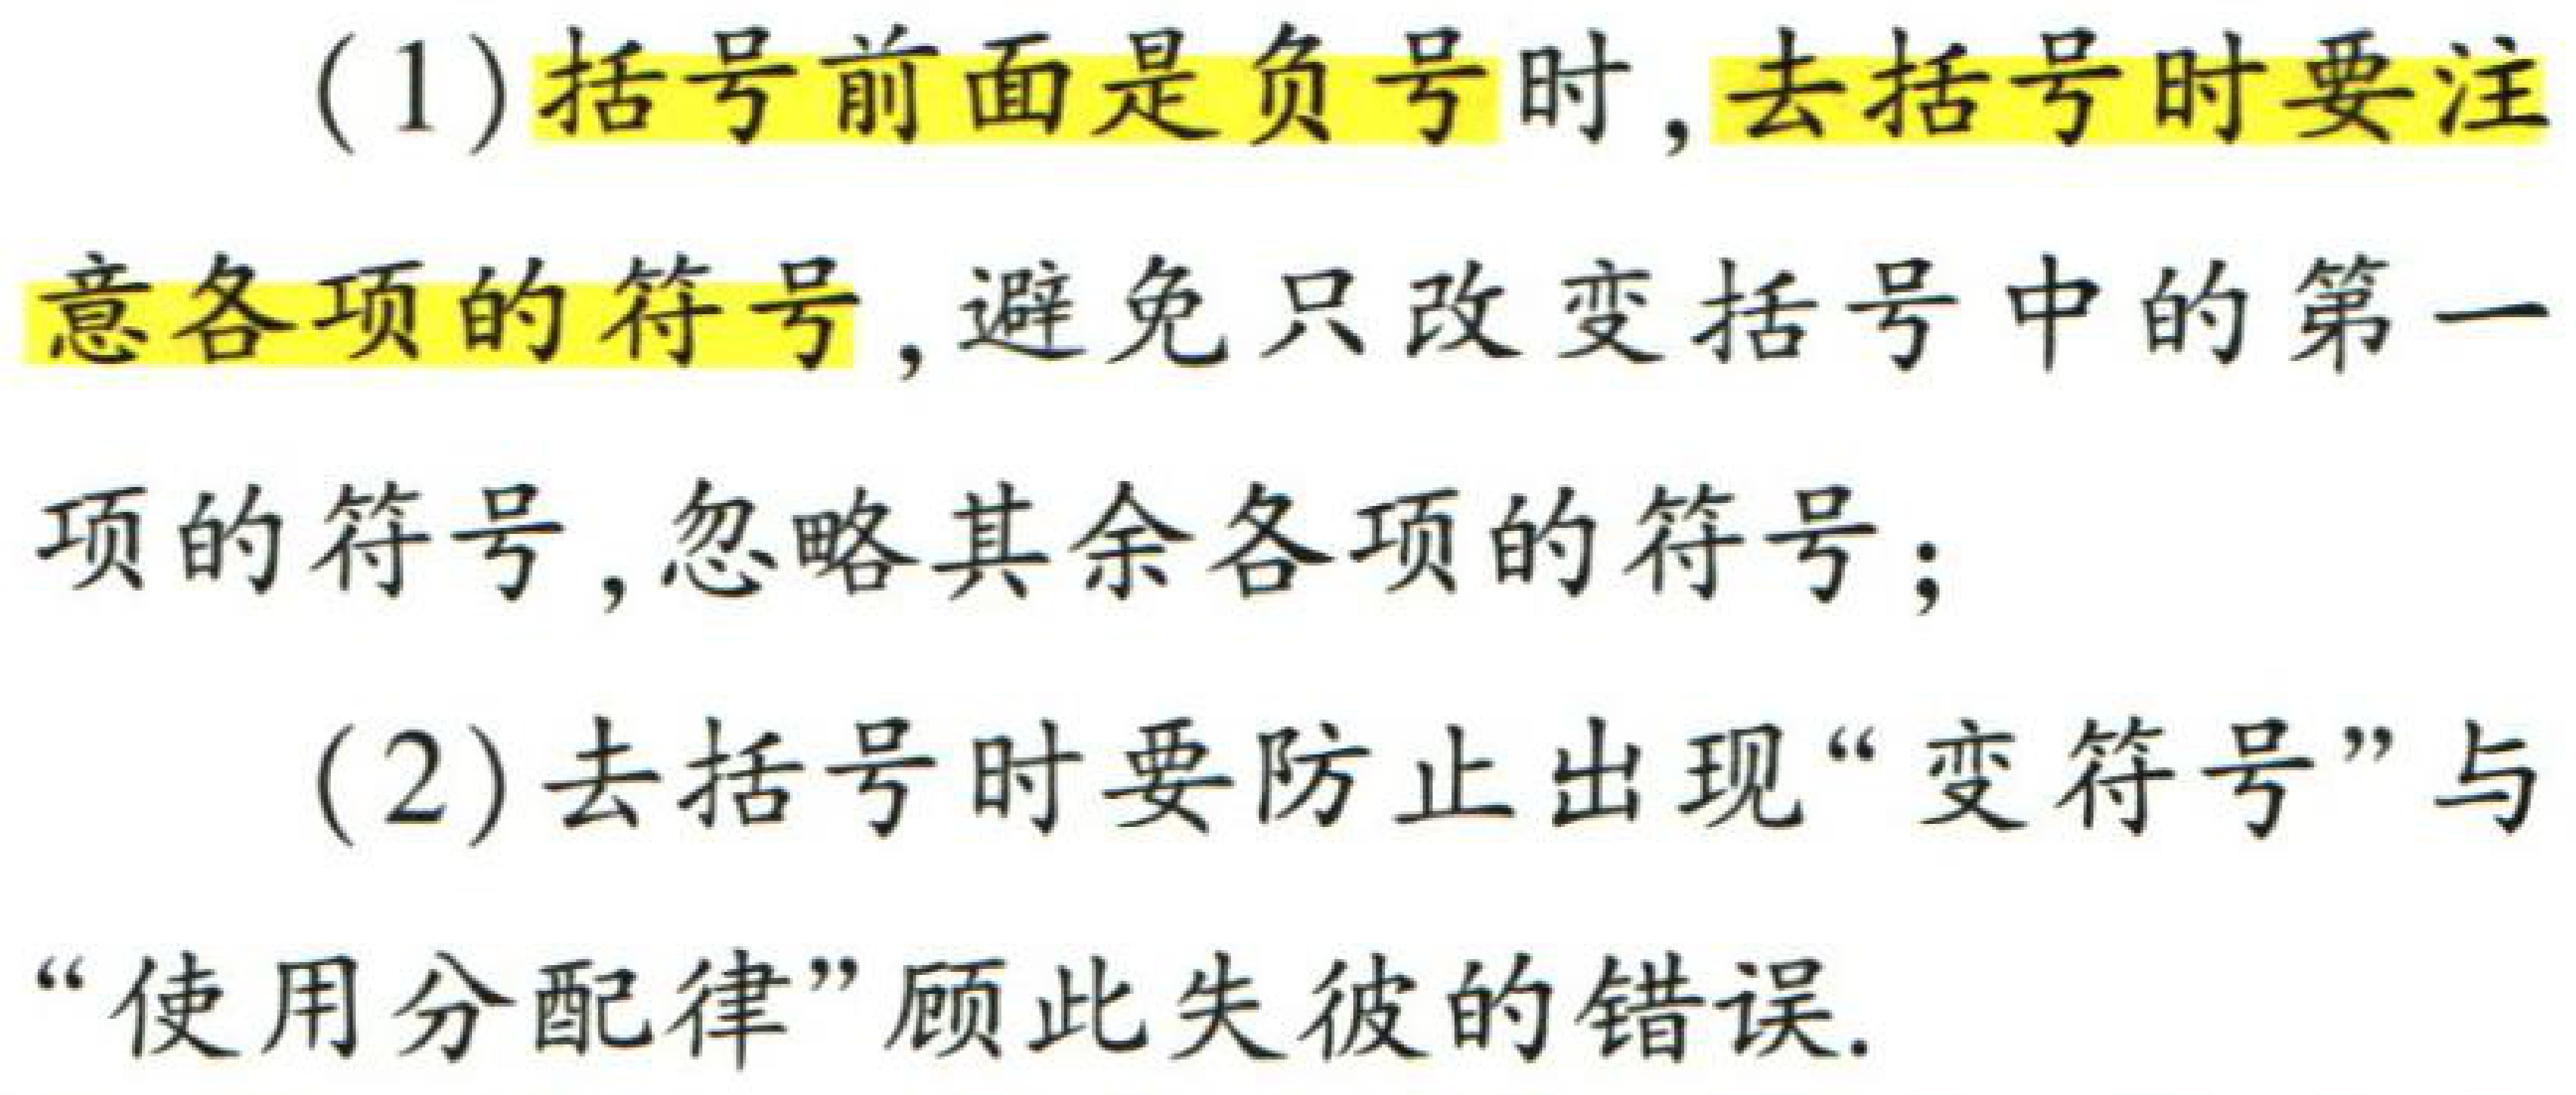
(1)括号前面是负号时,去括号时要注意各项的符号,避免只改变括号中的第一项的符号,忽略其余各项的符号;

(2)去括号时要防止出现“变符号”与“使用分配律”顾此失彼的错误.